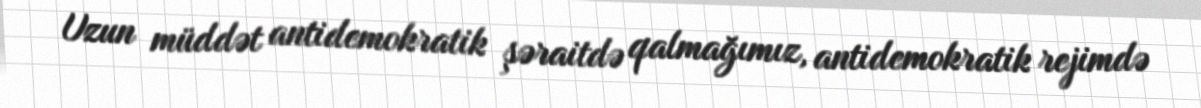
Uzun müddət antidemokratik şəraitdə qalmağımız, antidemokratik rejimdə